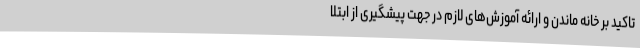
تاکید بر خانه ماندن و ارائه آموزش‌های لازم در جهت پیشگیری از ابتلا